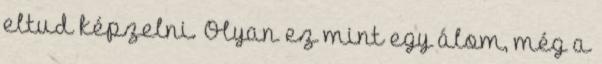
eltud képzelni. Olyan ez mint egy álom, még a